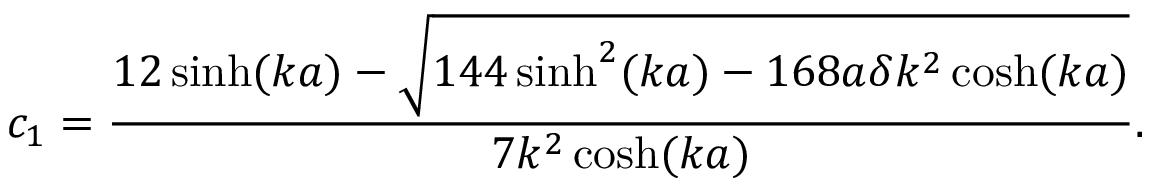
c _ { 1 } = \frac { 1 2 \sinh ( k a ) - \sqrt { 1 4 4 \sinh ^ { 2 } ( k a ) - 1 6 8 a \delta k ^ { 2 } \cosh ( k a ) } } { 7 k ^ { 2 } \cosh ( k a ) } .